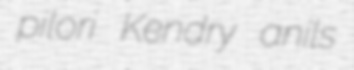
pilori Kendry anils